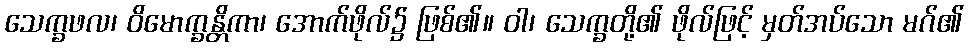
သေက္ခဖလ၊ ဝိမောက္ခန္တိကာ၊ အောက်ဖိုလ်၌ ဖြစ်၏။ ဝါ၊ သေက္ခတို့၏ ဖိုလ်ဖြင့် မှတ်အပ်သော မဂ်၏